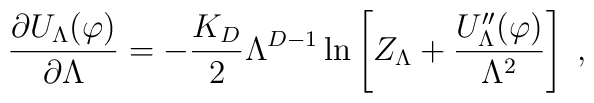
\frac{\partial U_{\Lambda}(\varphi)}{\partial \Lambda}=-\frac{K_{D}}{2}\Lambda^{D-1}\ln \left[Z_{\Lambda}+\frac{U^{\prime\prime}_{\Lambda} (\varphi)}{\Lambda^{2}}\right]\;,